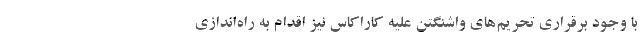
با وجود برقراری تحریم‌های واشنگتن علیه کاراکاس نیز اقدام به راه‌اندازی